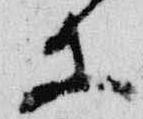
等